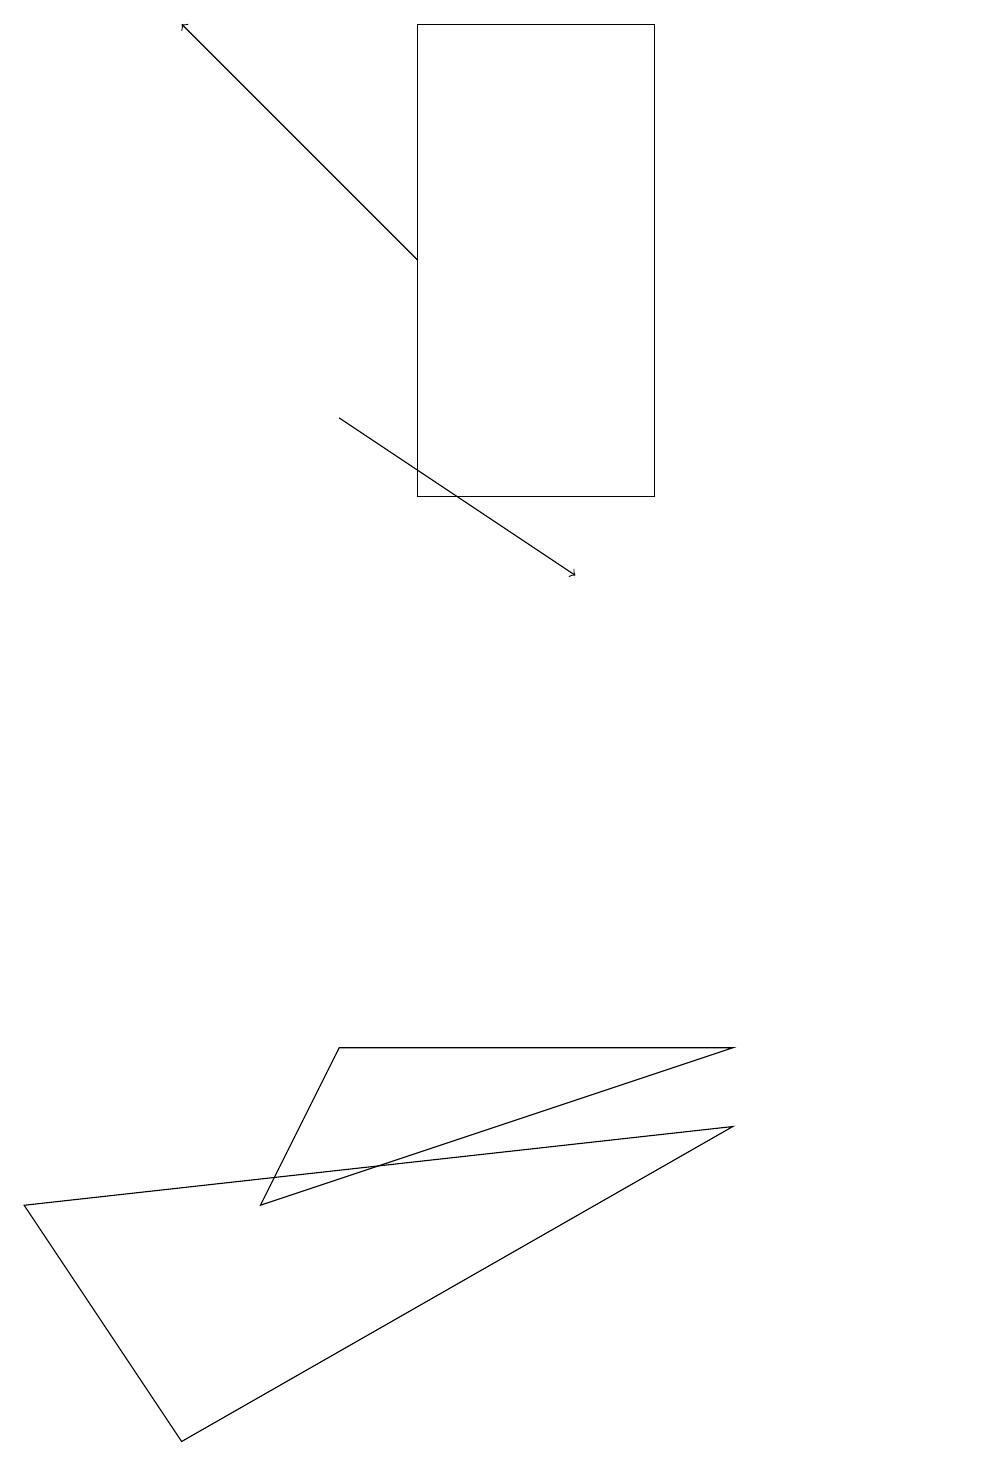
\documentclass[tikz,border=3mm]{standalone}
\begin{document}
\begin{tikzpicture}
\draw[->] (5,15) -- (2,18);
\draw (12,10) circle (0);
\draw[->] (4,13) -- (7,11);
\draw (8,12) rectangle (5,18);
\draw (9,5) -- (4,5) -- (3,3) -- cycle;
\draw (2,0) -- (0,3) -- (9,4) -- cycle;
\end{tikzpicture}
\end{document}